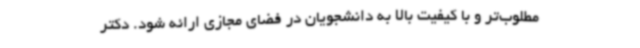
مطلوب‌تر و با کیفیت بالا به دانشجویان در فضای مجازی ارائه شود. دکتر